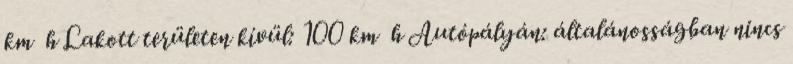
km h Lakott területen kívül: 100 km h Autópályán: általánosságban nincs